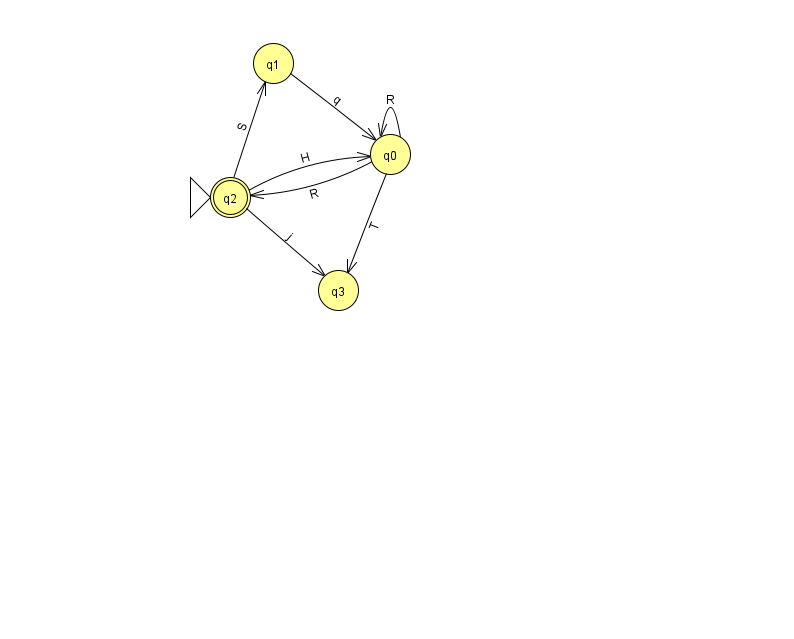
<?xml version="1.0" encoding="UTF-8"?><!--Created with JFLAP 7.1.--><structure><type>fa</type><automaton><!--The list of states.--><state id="0" name="q0"><x>390.0</x><y>141.0</y></state><state id="1" name="q1"><x>273.0</x><y>50.0</y></state><state id="2" name="q2"><x>230.0</x><y>184.0</y><initial/><final/></state><state id="3" name="q3"><x>338.0</x><y>277.0</y></state><!--The list of transitions.--><transition><from>0</from><to>0</to><read>R</read></transition><transition><from>2</from><to>0</to><read>H</read></transition><transition><from>2</from><to>1</to><read>S</read></transition><transition><from>2</from><to>3</to><read>j</read></transition><transition><from>0</from><to>3</to><read>T</read></transition><transition><from>0</from><to>2</to><read>R</read></transition><transition><from>1</from><to>0</to><read>q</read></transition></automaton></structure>